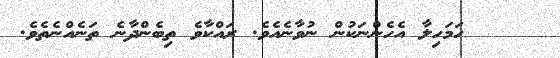
١١    ހަމަހިލާ އެހެންނަކުން ނުވާނެއެވެ. ރައްކާވެ ތިބެންދާނެ ތަނެއްނެތެވެ.